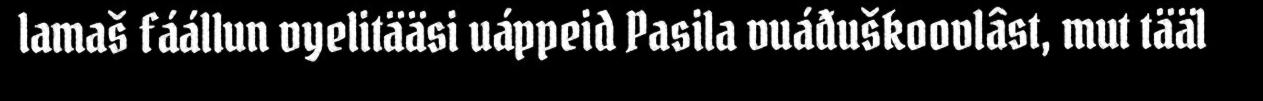
lamaš fáállun vyelitääsi uáppeid Pasila vuáđuškoovlâst, mut tääl